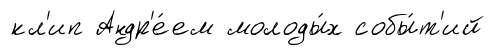
кл'ип Андр'е́ем молоды́х собы́т'ий